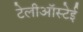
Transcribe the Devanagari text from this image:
टेलीऑस्टेई